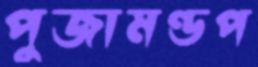
পুজামণ্ডপ